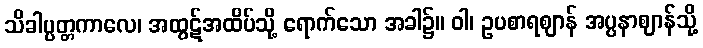
သိခါပ္ပတ္တကာလေ၊ အထွဋ်အထိပ်သို့ ရောက်သော အခါ၌။ ဝါ၊ ဥပစာရဈာန် အပ္ပနာဈာန်သို့